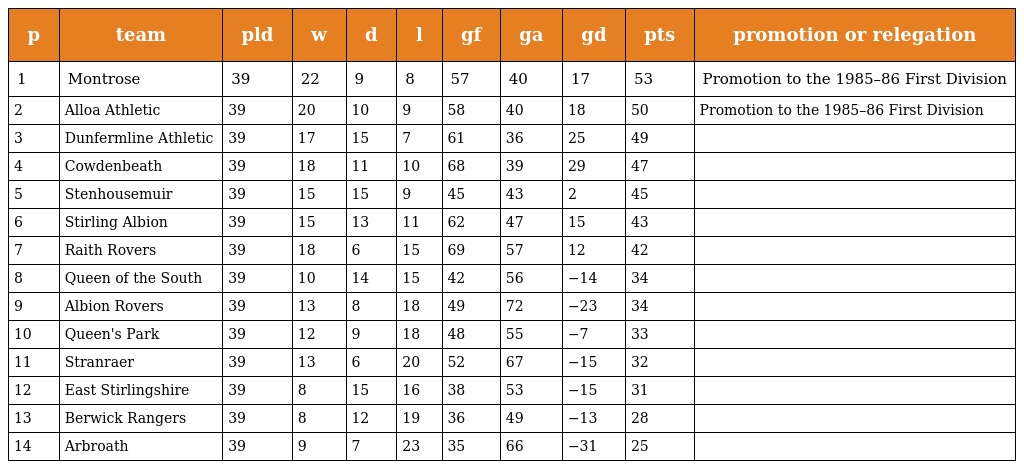
| p | team | pld | w | d | l | gf | ga | gd | pts | promotion or relegation |
 | --- | --- | --- | --- | --- | --- | --- | --- | --- | --- | --- |
 | 1 | Montrose | 39 | 22 | 9 | 8 | 57 | 40 | 17 | 53 | Promotion to the 1985–86 First Division |
 | 2 | Alloa Athletic | 39 | 20 | 10 | 9 | 58 | 40 | 18 | 50 | Promotion to the 1985–86 First Division |
 | 3 | Dunfermline Athletic | 39 | 17 | 15 | 7 | 61 | 36 | 25 | 49 |  |
 | 4 | Cowdenbeath | 39 | 18 | 11 | 10 | 68 | 39 | 29 | 47 |  |
 | 5 | Stenhousemuir | 39 | 15 | 15 | 9 | 45 | 43 | 2 | 45 |  |
 | 6 | Stirling Albion | 39 | 15 | 13 | 11 | 62 | 47 | 15 | 43 |  |
 | 7 | Raith Rovers | 39 | 18 | 6 | 15 | 69 | 57 | 12 | 42 |  |
 | 8 | Queen of the South | 39 | 10 | 14 | 15 | 42 | 56 | −14 | 34 |  |
 | 9 | Albion Rovers | 39 | 13 | 8 | 18 | 49 | 72 | −23 | 34 |  |
 | 10 | Queen's Park | 39 | 12 | 9 | 18 | 48 | 55 | −7 | 33 |  |
 | 11 | Stranraer | 39 | 13 | 6 | 20 | 52 | 67 | −15 | 32 |  |
 | 12 | East Stirlingshire | 39 | 8 | 15 | 16 | 38 | 53 | −15 | 31 |  |
 | 13 | Berwick Rangers | 39 | 8 | 12 | 19 | 36 | 49 | −13 | 28 |  |
 | 14 | Arbroath | 39 | 9 | 7 | 23 | 35 | 66 | −31 | 25 |  |